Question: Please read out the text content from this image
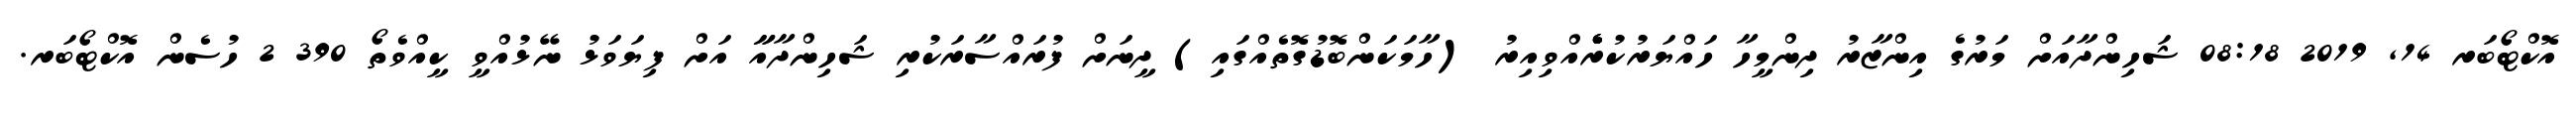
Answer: އޮކްޓޯބަރ 14, 2019 08:18 ޝަހިންދާއަށް މަރުގެ އިންޒާރު ދިންމީހާ ހައްޔަރުކުރެެެެެއްވިއިރު (ހާމަކަންބޮޑުގޮތެއްގައި) ދީނަށް ފުރައްސާރަކުރި ޝަހިންދާއާާ އަށް ފިޔަވަޅު ނޭޅުއްވީ ކީއްވެތޯ 390 2 ހުސެން އޮކްޓޯބަރ.